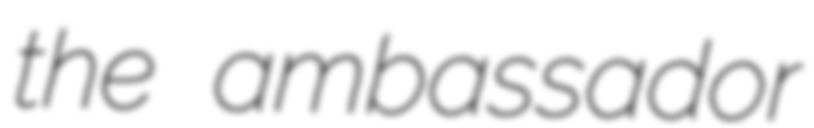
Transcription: the ambassador